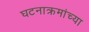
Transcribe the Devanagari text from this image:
घटनाक्रमांच्या